Civil Veterinary Department Bihar reports 1940-50 - 1940-1950
Year: 1940
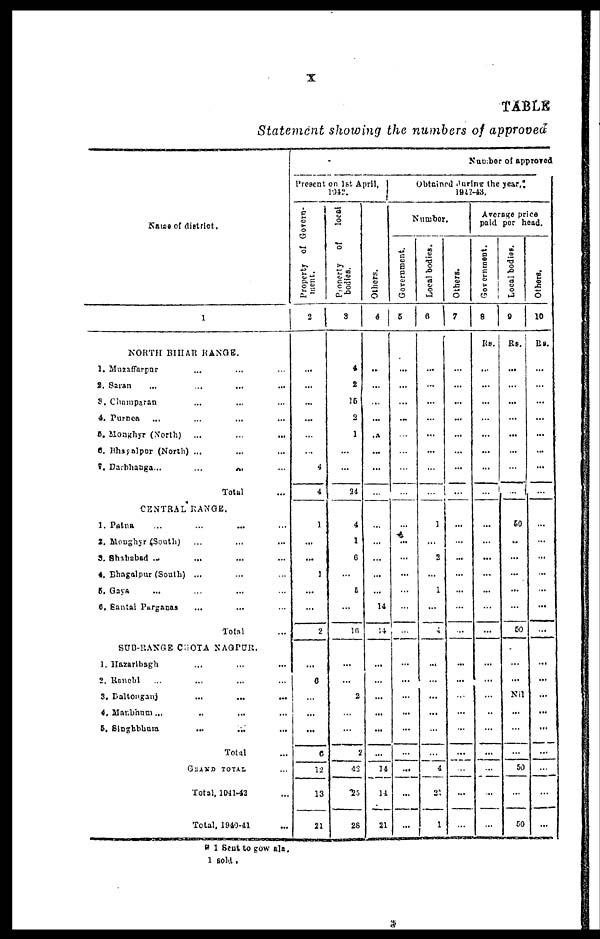
x
TABLE
Statement showing the numbers of approved
Name of district.
1
NORTH BIHAR RANGE.
1. Muzaffarpur ... ... ...
2. Saran ... ... ... ...
3. Champaran ... ... ...
4. Purnea ... ... ... ...
5. Monghyr (North) ... ... ...
6. Bhagalpur (North) ... ... ...
7. Darbhanga...
... ... ...
Total ...
CENTRAL RANGE.
1. Patna ... ... ... ...
2. Monghyr (South) ... ... ...
3. Shahabad ... ... ... ...
4. Bhagalpur (South) ... ... ...
5. Gaya ... ... ... ...
6. Santal Parganas ... ... ...
Total ...
SUB-RANGE CHOTA NAGPUR.
1. Hazaribagh ... ... ...
2. Ranchi ... ... ... ...
3. Daltonganj ... ... ...
4. Manbhum ... .. ... ...
5. Singhbhum
... ... ...
Total ...
GRAND TOTAL ...
Total, 1041-42 ...
Total, 1940-41 ...
Number of approved
Present on 1st April,
1042.
Property of Govern-
ment.
2
...
...
...
...
...
...
4
4
1
...
...
1
...
...
2
...
6
...
...
...
6
12
13
21
Property
of
local
bodies.
3
4
2
16
2
1
...
...
24
4
1
6
...
5
...
16
...
...
2
...
...
2
42
25
28
Others.
4
...
...
...
...
...
...
...
...
...
...
...
...
...
14
14
...
...
...
...
...
...
14
14
21
Obtained during the year,
1942-43.
Number.
Government.
5
...
...
...
...
...
...
...
...
...
...
...
...
...
...
...
...
...
...
...
...
...
...
...
...
Local bodies.
6
...
...
...
...
...
...
...
...
1
...
2
...
1
...
4
...
...
...
...
...
...
4
21
1
Others.
7
...
...
...
...
...
...
...
...
...
...
...
...
...
...
...
...
...
...
...
...
...
...
...
...
Average price
paid per head.
Government.
8
Rs.
...
...
...
...
...
...
...
...
...
...
...
...
...
...
...
...
...
...
...
...
...
...
...
...
Local bodies.
9
Rs.
...
...
...
...
...
...
...
...
50
..
...
...
...
...
50
...
...
Nil
...
...
...
50
...
50
Others.
10
Rs.
...
...
...
...
...
...
...
...
...
...
...
...
...
...
...
...
...
...
...
...
...
...
...
...
* 1 Sent to gow ala,
1 sold.